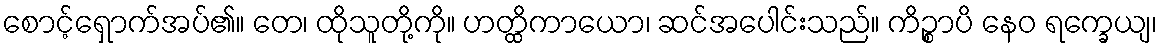
စောင့်ရှောက်အပ်၏။ တေ၊ ထိုသူတို့ကို။ ဟတ္ထိကာယော၊ ဆင်အပေါင်းသည်။ ကိဉ္စာပိ နေဝ ရက္ခေယျ၊